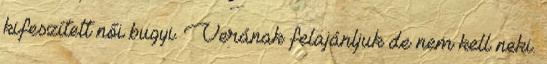
kifeszített női bugyi. Verának felajánljuk de nem kell neki.